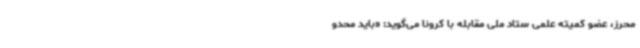
محرز، عضو کمیته علمی ستاد ملی مقابله با کرونا می‌گوید: «باید محدو